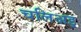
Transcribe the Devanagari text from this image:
चलिअइ